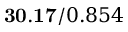
\mathbf { 3 0 . 1 7 } / 0 . 8 5 4